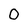
Character: 0